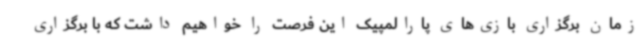
زمان برگزاری بازی‌های پارالمپیک این فرصت را خواهیم داشت که با برگزاری